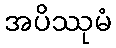
အပိဿုမံ